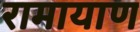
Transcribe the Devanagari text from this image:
रामायाण